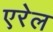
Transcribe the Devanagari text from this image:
एरेल